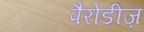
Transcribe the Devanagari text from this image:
पैरोडीज़